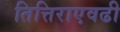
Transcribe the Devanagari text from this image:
तित्तिराएवढी